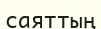
саяттың